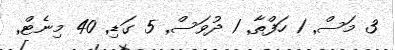
3 މަސް